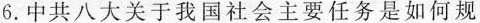
6.中共八大关于我国社会主要任务是如何规